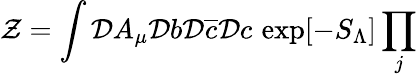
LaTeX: \mathcal{Z}=\int\mathcal{{D}}A_{\mu}\mathcal{{D}}b\mathcal{{D}}\overline{{{c}}}\mathcal{{D}}c\, \exp[-S_{\Lambda}]\prod_{j}